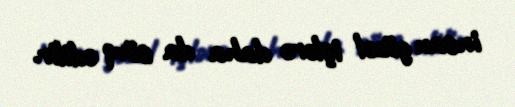
insan gözəl işlərə daha da sövq edilir.